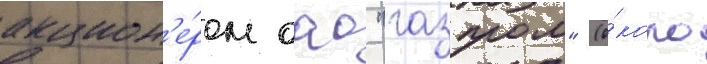
акцион'е́ром оао "газпром" (о́коло